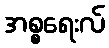
အစ္စရေးလ်